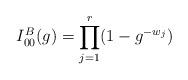
LaTeX: \begin{align*} I^B_{00}(g) = \prod_{j=1}^r (1-g^{-w_j})\end{align*}